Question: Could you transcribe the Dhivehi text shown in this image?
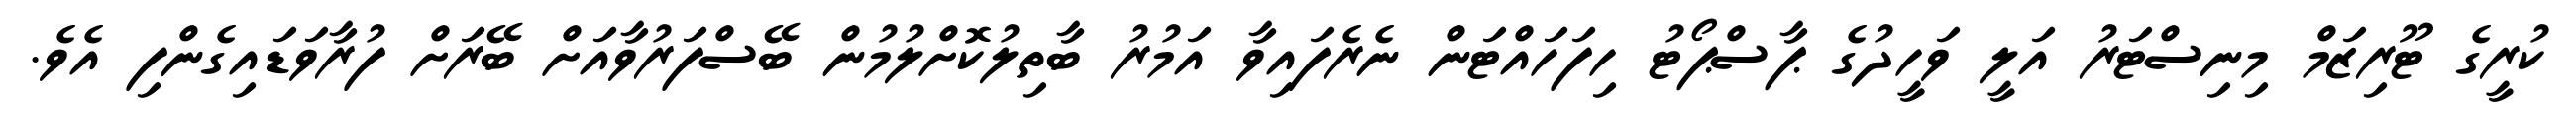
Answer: ކުރީގެ ޓޫރިޒަމް މިނިސްޓަރު އަލީ ވަހީދުގެ ޕާސްޕޯޓު ހިފަހައްޓަން ނެރެފައިވާ އަމުރު ބާތިލުކޮށްލުމުން ބޭސްފަރުވާއަށް ބޭރަށް ފުރާވަޑައިގެންފި އެވެ.